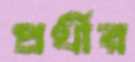
প্রর্থীর